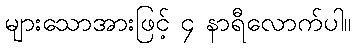
များသောအားဖြင့် ၄ နာရီလောက်ပါ။